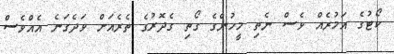
ކޯޓުގެ އަމުރެއް ވެސް ނެތި މީހުންގެ ގޯތި ގެދޮރުގެ ތެރެއަށް ވަދެގަނެ އެއްވެސް